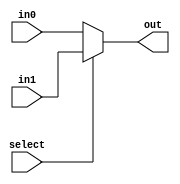
module mux_2_64(out, select, in0, in1);
    input select;
    input [63:0] in0, in1;
    output [63:0] out;
    assign out = select ? in1 : in0;
endmodule